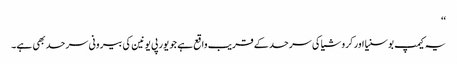
‘‘
یہ کیمپ بوسنیا اور کروشیا کی سرحد کے قریب واقع ہے جو یورپی یونین کی بیرونی سرحد بھی ہے۔